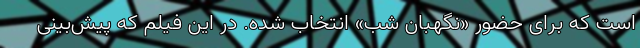
است که برای حضور «نگهبان شب» انتخاب شده. در این فیلم که پیش‌بینی